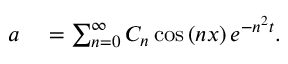
\begin{array} { r l } { a } & { { } = \sum _ { n = 0 } ^ { \infty } C _ { n } \cos \left( n x \right) e ^ { - n ^ { 2 } t } . } \end{array}